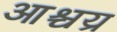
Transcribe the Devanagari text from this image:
आश्चय्र